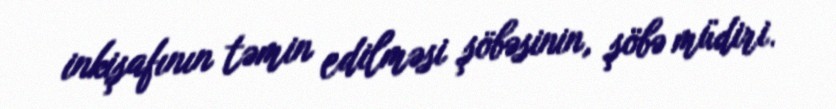
inkişafının təmin edilməsi şöbəsinin, şöbə müdiri.